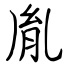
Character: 胤